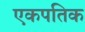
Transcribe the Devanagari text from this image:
एकपतिक